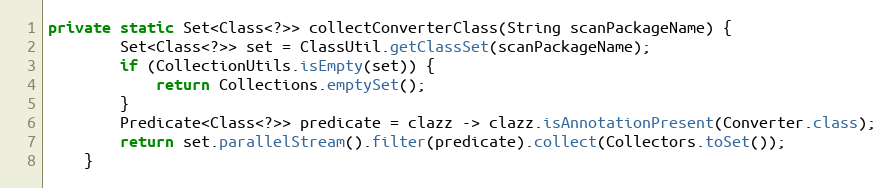
Language: Java
private static Set<Class<?>> collectConverterClass(String scanPackageName) {
        Set<Class<?>> set = ClassUtil.getClassSet(scanPackageName);
        if (CollectionUtils.isEmpty(set)) {
            return Collections.emptySet();
        }
        Predicate<Class<?>> predicate = clazz -> clazz.isAnnotationPresent(Converter.class);
        return set.parallelStream().filter(predicate).collect(Collectors.toSet());
    }